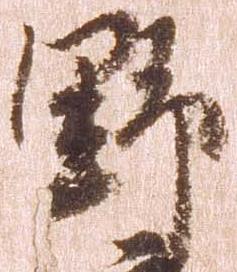
野